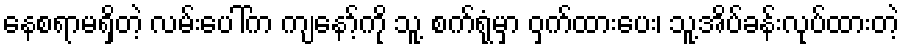
နေစရာမရှိတဲ့ လမ်းပေါ်က ကျနော့်ကို သူ့ စက်ရုံမှာ ဝှက်ထားပေး၊ သူ့အိပ်ခန်းလုပ်ထားတဲ့